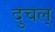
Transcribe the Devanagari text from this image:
दुचल्